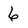
Character: 6